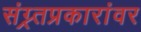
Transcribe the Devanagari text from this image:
संग्र्र्तप्रकारांवर